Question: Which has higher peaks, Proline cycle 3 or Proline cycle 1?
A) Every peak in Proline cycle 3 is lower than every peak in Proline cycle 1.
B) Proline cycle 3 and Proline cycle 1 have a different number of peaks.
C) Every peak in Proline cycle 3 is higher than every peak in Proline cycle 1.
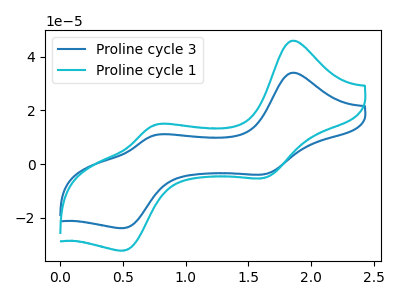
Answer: <think>The blue curve "Proline cycle 3" has anodic peaks at (1.85V, 34.00uA) (0.75V, 10.75uA) and cathodic peaks at (1.65V, -3.85uA) (0.50V, -23.85uA). The cyan curve "Proline cycle 1" has anodic peaks at (1.85V, 45.90uA) (0.75V, 14.50uA) and cathodic peaks at (1.65V, -5.15uA) (0.50V, -32.25uA).</think>
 <answer>A) Every peak in "Proline cycle 3" is lower than every peak in "Proline cycle 1".</answer>
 <eval>A</eval>